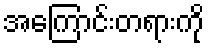
အကြောင်းတရားကို